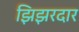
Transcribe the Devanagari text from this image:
झिझरदार